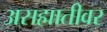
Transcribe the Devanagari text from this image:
असह्मातीवर